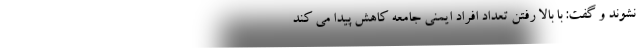
نشوند و گفت: با بالا رفتن تعداد افراد ایمنی جامعه کاهش پیدا می کند